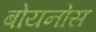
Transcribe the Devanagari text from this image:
बोयनोस